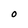
Character: O